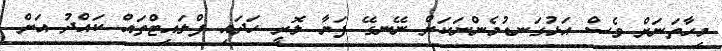
މިހާތަނަށް ވެސް އަޅުގަނޑުމެންނަކަށް ނޭނގޭ ފަޔާ ލޮރީ ހަދައި ފްލައިޓްތައް ކައްދު އަށް